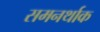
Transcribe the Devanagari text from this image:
समनर्थाक